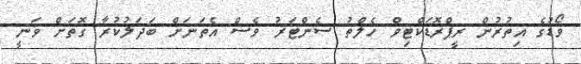
ވޯޑުގެ އިތުރުން ރީޕްރޮޑަކްޓިވް ހެލްތު ސެންޓަރު ވެސް އެތަނަށް ބަދަލުކުރާ ގޮތަށް ވަނީ